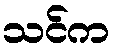
သင်က